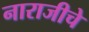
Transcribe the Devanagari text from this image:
नाराजीचे